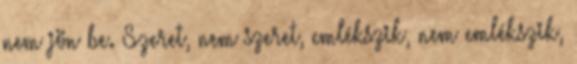
nem jön be. Szeret, nem szeret, emlékszik, nem emlékszik,